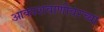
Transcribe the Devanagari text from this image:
आकाशवाणीवरच्‍या